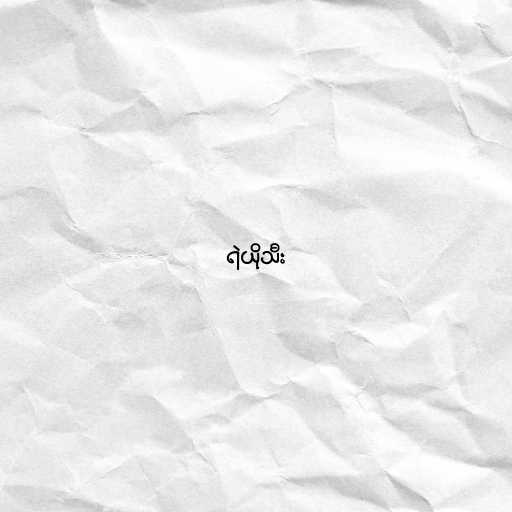
ရဲယိုသီး